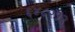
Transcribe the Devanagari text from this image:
६४८२१२